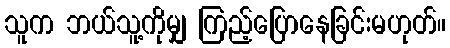
သူက ဘယ်သူ့ကိုမျှ ကြည့်ပြောနေခြင်းမဟုတ်။